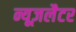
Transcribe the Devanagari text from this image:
न्यूज़लैटर